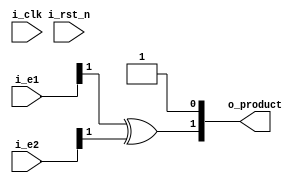
`timescale 1ns / 1ps
//////////////////////////////////////////////////////////////////////////////////
// Company:  
// 
// Design Name:    product
// Module Name:    product 
// Project Name:   product
// Target Devices: 
// Description:
// Revision: 1.0
// Revision 0.01 - File Created
// Additional Comments: 
//
//////////////////////////////////////////////////////////////////////////////////
module product#(
	parameter e1_width = 2,
	parameter e2_width = 2,
	parameter product_width = 2
)(
	input i_clk,
	input i_rst_n,
	input wire signed [e1_width-1:0] i_e1,
	input wire signed [e2_width-1:0] i_e2,
	output  signed [product_width-1:0] o_product
    );
	

//	// product
//	always @(posedge i_clk ) begin
//				if (!i_rst_n) begin
//					o_product <= 0 ;
//				end 
//				else begin
//					o_product = i_e1 * i_e2;
//				end
//			end
	// product
//	always @(posedge i_clk ) begin
//				if (!i_rst_n) begin
//					o_product <= 0 ;
//				end 
//				else begin
////					if ( (i_e1 == 2'b11 && i_e2 == 2'b01) || (i_e1 == 2'b01 && i_e2 == 2'b11)) begin
////						o_product = 2'b11;
////					end
////					else begin
////						o_product = 2'b01;
////					end
//					o_product <= { i_e1[1]^i_e2[1], 1'b1};
//				end
//			end
assign o_product = { i_e1[1]^i_e2[1], 1'b1};

endmodule